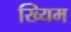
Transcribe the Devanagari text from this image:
ख्यिम